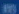
版